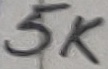
Text: 5K